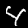
Digit: 4